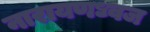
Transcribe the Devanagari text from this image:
नारायणध्वज